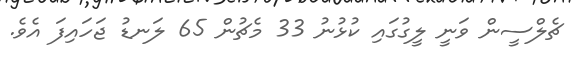
ޗެލްސީން ވަނީ ލީގުގައި ކުޅުނު 33 މެޗުން 65 ލަނޑު ޖަހައިފަ އެވެ.